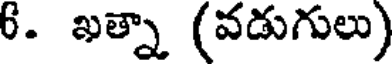
6. ఖత్నా (వడుగులు)